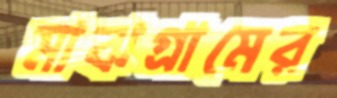
মাঝগ্রামের